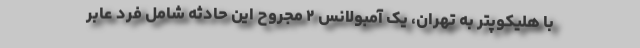
با هلیکوپتر به تهران، یک آمبولانس ۲ مجروح این حادثه شامل فرد عابر